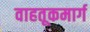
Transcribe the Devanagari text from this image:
वाहतूकमार्ग